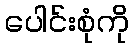
ပေါင်းစုံကို